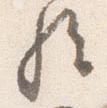
経